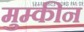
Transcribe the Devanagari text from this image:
मुम्कीन